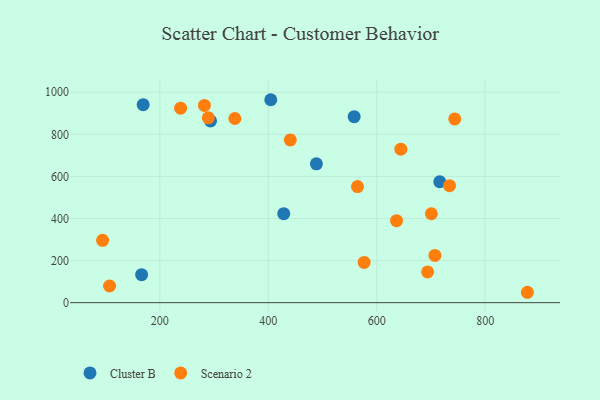
{"axis": {"x": "Study Hours", "y": "Exam Score"}, "legend": ["Cluster B", "Scenario 2"], "data": [{"x": "404.6", "y": 964.3, "type": "Cluster B"}, {"x": "716.2", "y": 574.6, "type": "Cluster B"}, {"x": "166.4", "y": 132.9, "type": "Cluster B"}, {"x": "558.4", "y": 883.6, "type": "Cluster B"}, {"x": "293.5", "y": 863.4, "type": "Cluster B"}, {"x": "428.5", "y": 423.0, "type": "Cluster B"}, {"x": "488.7", "y": 659.8, "type": "Cluster B"}, {"x": "169.3", "y": 940.8, "type": "Cluster B"}, {"x": "644.5", "y": 729.4, "type": "Scenario 2"}, {"x": "564.5", "y": 551.7, "type": "Scenario 2"}, {"x": "707.3", "y": 224.5, "type": "Scenario 2"}, {"x": "700.8", "y": 422.5, "type": "Scenario 2"}, {"x": "282.2", "y": 937.4, "type": "Scenario 2"}, {"x": "289.4", "y": 878.3, "type": "Scenario 2"}, {"x": "94.5", "y": 296.2, "type": "Scenario 2"}, {"x": "693.8", "y": 146.2, "type": "Scenario 2"}, {"x": "338.4", "y": 875.2, "type": "Scenario 2"}, {"x": "743.9", "y": 872.9, "type": "Scenario 2"}, {"x": "734.2", "y": 556.1, "type": "Scenario 2"}, {"x": "576.8", "y": 191.3, "type": "Scenario 2"}, {"x": "636.5", "y": 389.6, "type": "Scenario 2"}, {"x": "440.6", "y": 773.1, "type": "Scenario 2"}, {"x": "877.8", "y": 49.4, "type": "Scenario 2"}, {"x": "238.3", "y": 924.1, "type": "Scenario 2"}, {"x": "107.3", "y": 79.1, "type": "Scenario 2"}]}